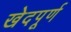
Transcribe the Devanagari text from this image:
खेदपूर्ण